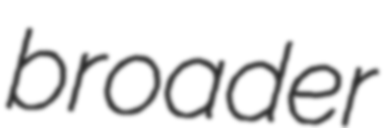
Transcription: broader